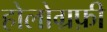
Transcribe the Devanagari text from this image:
होलोग्रफ़ी